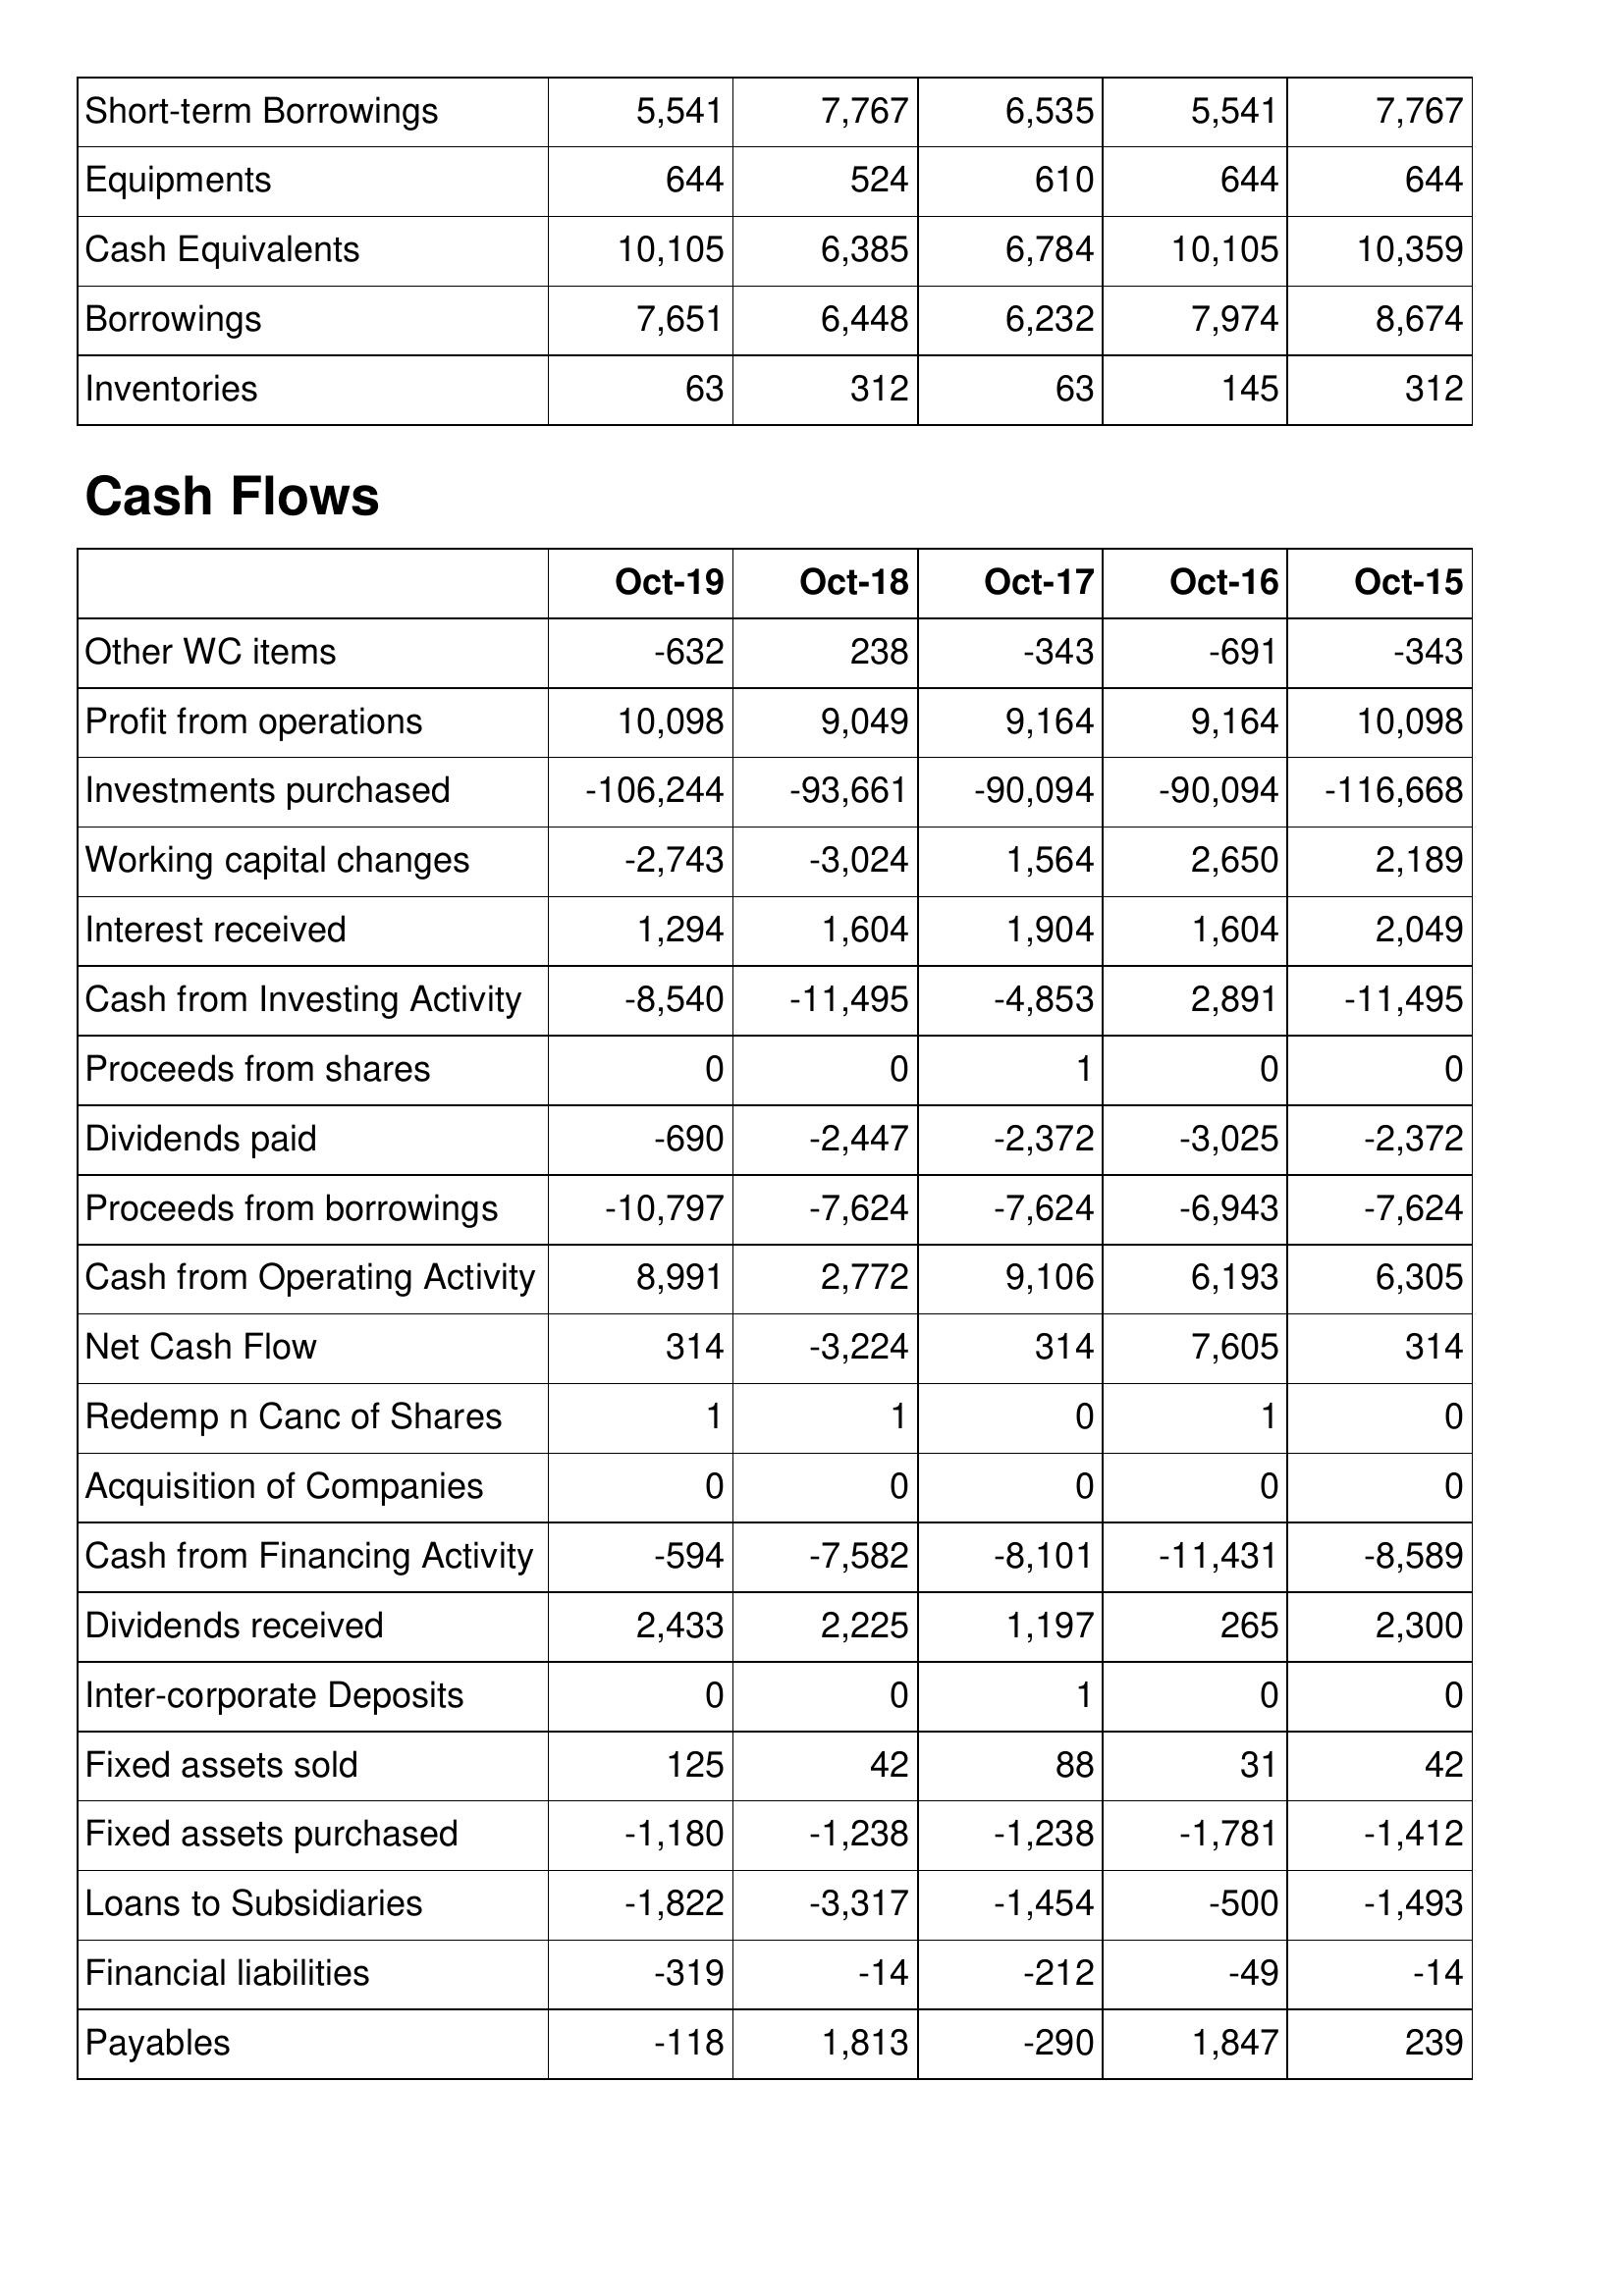
Oct-19: Balance Sheet: Short-term Borrowings: 5,541
Equipments: 644
Cash Equivalents: 10,105
Borrowings: 7,651
Inventories: 63
Cash Flows: Other WC items: -632
Profit from operations: 10,098
Investments purchased: -106,244
Working capital changes: -2,743
Interest received: 1,294
Cash from Investing Activity: -8,540
Proceeds from shares: 0
Dividends paid: -690
Proceeds from borrowings: -10,797
Cash from Operating Activity: 8,991
Net Cash Flow: 314
Redemp n Canc of Shares: 1
Acquisition of Companies: 0
Cash from Financing Activity: -594
Dividends received: 2,433
Inter-corporate Deposits: 0
Fixed assets sold: 125
Fixed assets purchased: -1,180
Loans to Subsidiaries: -1,822
Financial liabilities: -319
Payables: -118
Oct-18: Balance Sheet: Short-term Borrowings: 7,767
Equipments: 524
Cash Equivalents: 6,385
Borrowings: 6,448
Inventories: 312
Cash Flows: Other WC items: 238
Profit from operations: 9,049
Investments purchased: -93,661
Working capital changes: -3,024
Interest received: 1,604
Cash from Investing Activity: -11,495
Proceeds from shares: 0
Dividends paid: -2,447
Proceeds from borrowings: -7,624
Cash from Operating Activity: 2,772
Net Cash Flow: -3,224
Redemp n Canc of Shares: 1
Acquisition of Companies: 0
Cash from Financing Activity: -7,582
Dividends received: 2,225
Inter-corporate Deposits: 0
Fixed assets sold: 42
Fixed assets purchased: -1,238
Loans to Subsidiaries: -3,317
Financial liabilities: -14
Payables: 1,813
Oct-17: Balance Sheet: Short-term Borrowings: 6,535
Equipments: 610
Cash Equivalents: 6,784
Borrowings: 6,232
Inventories: 63
Cash Flows: Other WC items: -343
Profit from operations: 9,164
Investments purchased: -90,094
Working capital changes: 1,564
Interest received: 1,904
Cash from Investing Activity: -4,853
Proceeds from shares: 1
Dividends paid: -2,372
Proceeds from borrowings: -7,624
Cash from Operating Activity: 9,106
Net Cash Flow: 314
Redemp n Canc of Shares: 0
Acquisition of Companies: 0
Cash from Financing Activity: -8,101
Dividends received: 1,197
Inter-corporate Deposits: 1
Fixed assets sold: 88
Fixed assets purchased: -1,238
Loans to Subsidiaries: -1,454
Financial liabilities: -212
Payables: -290
Oct-16: Balance Sheet: Short-term Borrowings: 5,541
Equipments: 644
Cash Equivalents: 10,105
Borrowings: 7,974
Inventories: 145
Cash Flows: Other WC items: -691
Profit from operations: 9,164
Investments purchased: -90,094
Working capital changes: 2,650
Interest received: 1,604
Cash from Investing Activity: 2,891
Proceeds from shares: 0
Dividends paid: -3,025
Proceeds from borrowings: -6,943
Cash from Operating Activity: 6,193
Net Cash Flow: 7,605
Redemp n Canc of Shares: 1
Acquisition of Companies: 0
Cash from Financing Activity: -11,431
Dividends received: 265
Inter-corporate Deposits: 0
Fixed assets sold: 31
Fixed assets purchased: -1,781
Loans to Subsidiaries: -500
Financial liabilities: -49
Payables: 1,847
Oct-15: Balance Sheet: Short-term Borrowings: 7,767
Equipments: 644
Cash Equivalents: 10,359
Borrowings: 8,674
Inventories: 312
Cash Flows: Other WC items: -343
Profit from operations: 10,098
Investments purchased: -116,668
Working capital changes: 2,189
Interest received: 2,049
Cash from Investing Activity: -11,495
Proceeds from shares: 0
Dividends paid: -2,372
Proceeds from borrowings: -7,624
Cash from Operating Activity: 6,305
Net Cash Flow: 314
Redemp n Canc of Shares: 0
Acquisition of Companies: 0
Cash from Financing Activity: -8,589
Dividends received: 2,300
Inter-corporate Deposits: 0
Fixed assets sold: 42
Fixed assets purchased: -1,412
Loans to Subsidiaries: -1,493
Financial liabilities: -14
Payables: 239